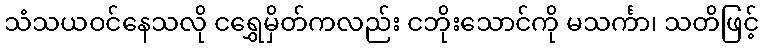
သံသယဝင်နေသလို ငရွှေမှိတ်ကလည်း ငဘိုးသောင်ကို မသင်္ကာ၊ သတိဖြင့်